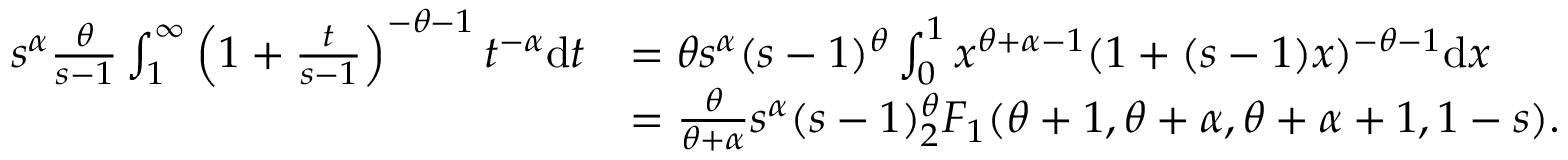
\begin{array} { r l } { s ^ { \alpha } \frac { \theta } { s - 1 } \int _ { 1 } ^ { \infty } \left( 1 + \frac { t } { s - 1 } \right) ^ { - \theta - 1 } t ^ { - \alpha } \mathrm { d } t } & { = \theta s ^ { \alpha } ( s - 1 ) ^ { \theta } \int _ { 0 } ^ { 1 } x ^ { \theta + \alpha - 1 } ( 1 + ( s - 1 ) x ) ^ { - \theta - 1 } \mathrm { d } x } \\ & { = \frac { \theta } { \theta + \alpha } s ^ { \alpha } ( s - 1 ) ^ { \theta } _ { 2 } F _ { 1 } ( \theta + 1 , \theta + \alpha , \theta + \alpha + 1 , 1 - s ) . } \end{array}